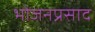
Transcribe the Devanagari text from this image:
भोजनप्रसाद